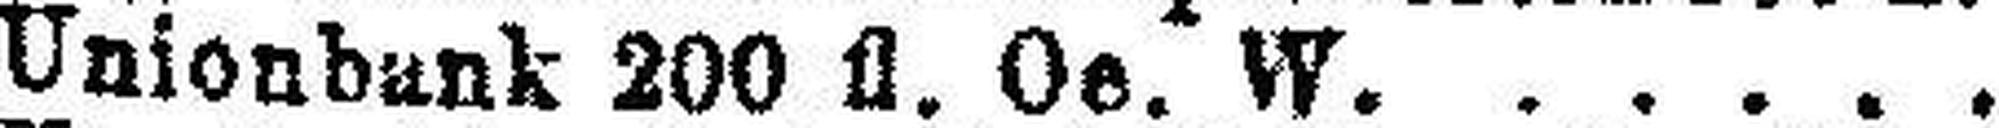
Unionbank 200 fl. Oe. W.